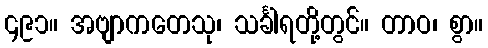
၄၉၁။ အဗျာကတေသု၊ သင်္ခါရတို့တွင်။ တာဝ၊ စွာ။